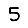
Digit: 5